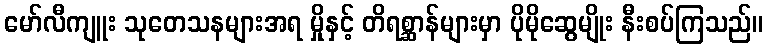
မော်လီကျူး သုတေသနများအရ မှိုနှင့် တိရစ္ဆာန်များမှာ ပိုမိုဆွေမျိုး နီးစပ်ကြသည်။